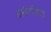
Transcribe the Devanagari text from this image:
धर्मपरिषद्